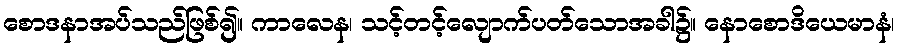
စောဒနာအပ်သည်ဖြစ်၍။ ကာလေန၊ သင့်တင့်လျောက်ပတ်သောအခါ၌။ နောစောဒိယေမာနံ၊